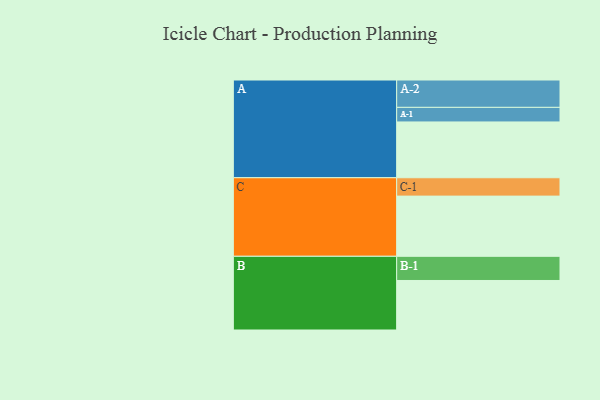
{"axis": {"x": "Segment", "y": "Value"}, "legend": ["", "A", "B", "C"], "data": [{"x": "A", "y": 471, "type": ""}, {"x": "B", "y": 418, "type": ""}, {"x": "C", "y": 508, "type": ""}, {"x": "A-1", "y": 123, "type": "A"}, {"x": "A-2", "y": 231, "type": "A"}, {"x": "B-1", "y": 204, "type": "B"}, {"x": "C-1", "y": 155, "type": "C"}]}